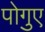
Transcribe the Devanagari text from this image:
पोगुए